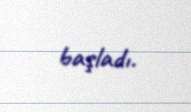
başladı.